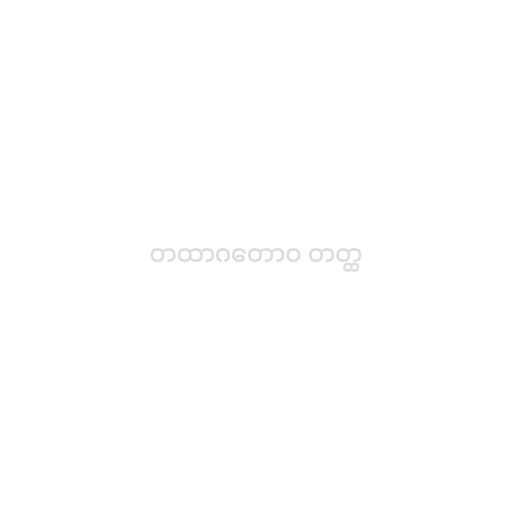
တထာဂတောဝ တတ္ထ